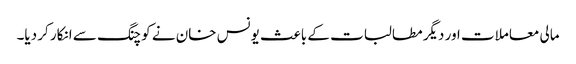
مالی معاملات اور دیگر مطالبات کے باعث یونس خان نے کوچنگ سے انکار کر دیا۔